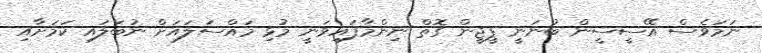
ނަމަވެސް އޭސީސީން ބުނަނީ ޕީޖީން ގޮތް ނިންމާފައިވަނީ މުޅި މައްސަލައަށް ނުބަލައި ކަމަށާއި